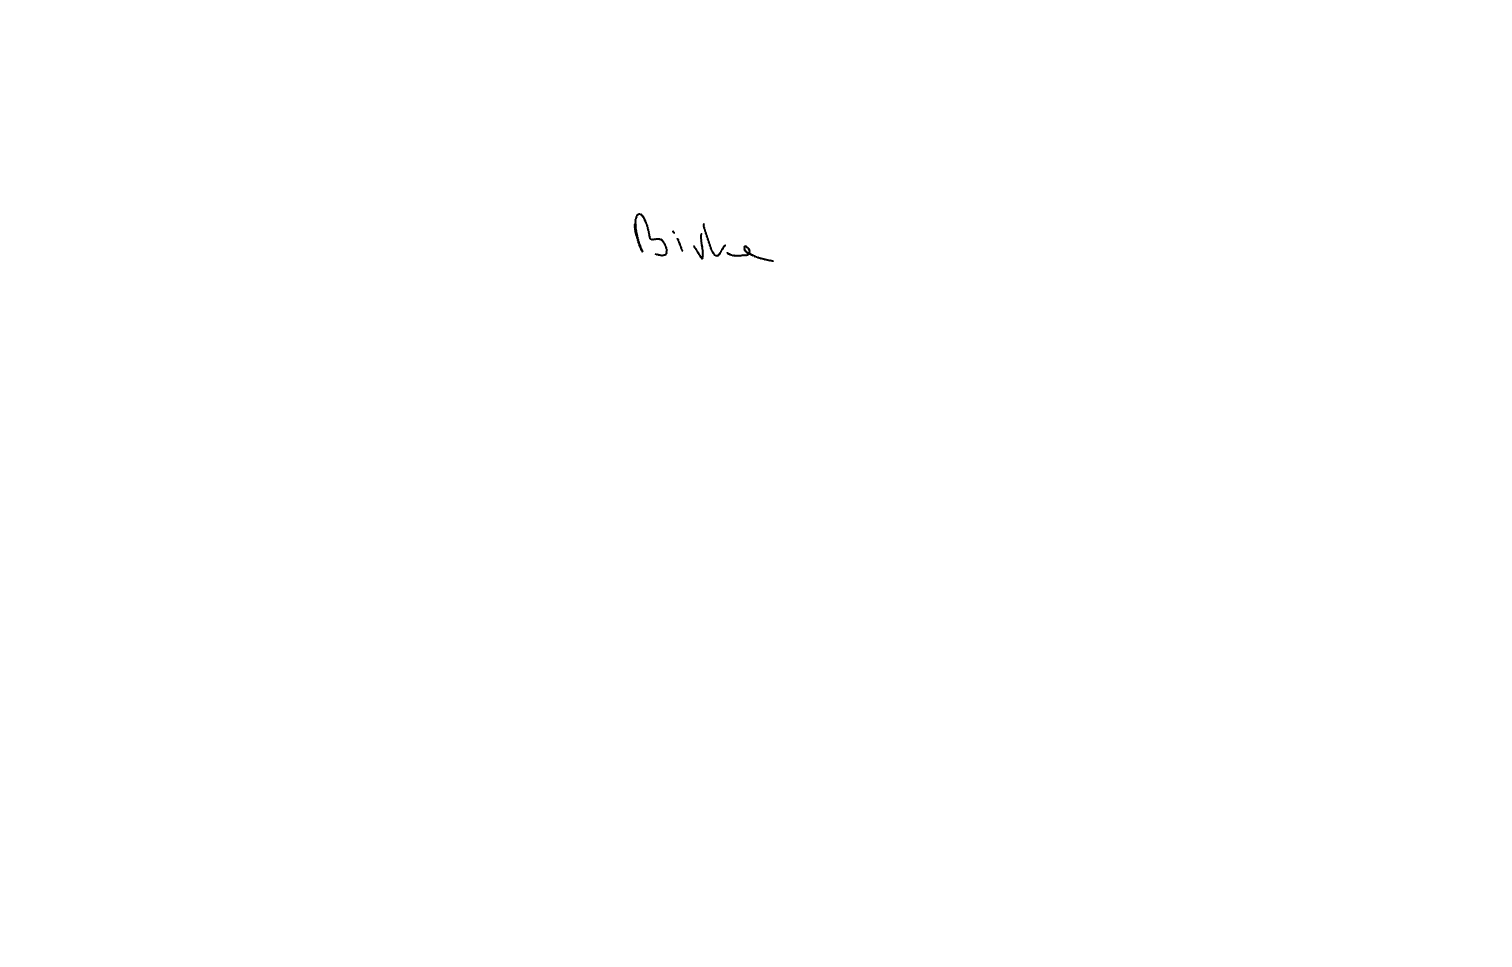
Text: Birke